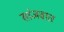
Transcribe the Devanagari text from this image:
सांजवात